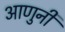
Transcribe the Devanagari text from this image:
आणुनी